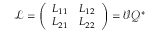
\mathcal { L } = \left( \begin{array} { l l } { L _ { 1 1 } } & { L _ { 1 2 } } \\ { L _ { 2 1 } } & { L _ { 2 2 } } \end{array} \right) = \mathcal { V } \mathcal { Q } ^ { * }